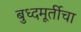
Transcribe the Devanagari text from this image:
बुध्दमूर्तीचा